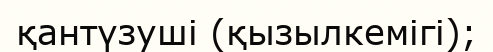
қантүзуші (қызылкемігі);